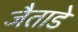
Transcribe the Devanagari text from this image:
जैताडे